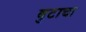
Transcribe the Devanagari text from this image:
बुटाचा